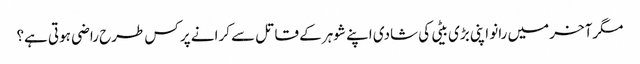
مگرآخر میں رانو اپنی بڑی بیٹی کی شادی اپنے شوہر کے قاتل سے کرانے پر کس طرح راضی ہوتی ہے؟